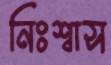
নিঃশ্বাস